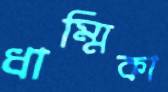
ধাম্মিকা